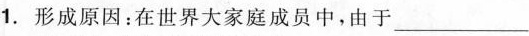
1.形成原因：在世界大家庭成员中，由于___